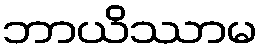
ဘာယိဿာမ